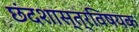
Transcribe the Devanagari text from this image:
छंदशास्त्रविषयक